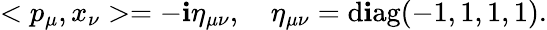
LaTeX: <p_{\mu},x_{\nu}>=-\mathbf{i}\eta_{\mu\nu},\quad\eta_{\mu\nu}=\mathrm{{d\mathbf{i}ag}}(-1,1,1,1).